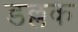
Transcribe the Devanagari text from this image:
डल्लक